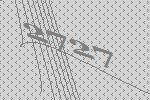
2727